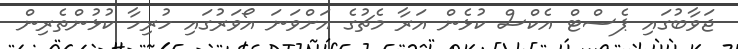
ޖަވާބުގައި ޕެސްޓް އެކްސް ކުޅެން އަރާ މެޗުގެ އަށްވަނަ އޯވަރުގައި ހުރިހާ ކުޅުންތެރިން